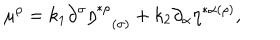
LaTeX: \mu ^ { \rho } = k _ { 1 } \partial ^ { \sigma } \eta _ { ( \sigma ) } ^ { * \rho } + k _ { 2 } \partial _ { \alpha } \eta ^ { * \alpha ( \rho ) } ,